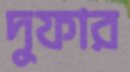
দুফার